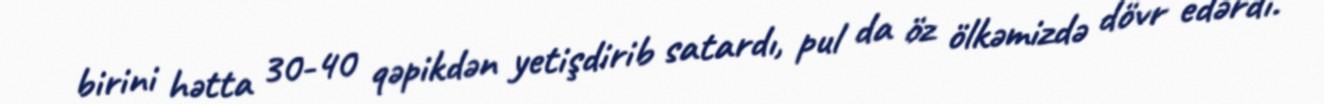
birini hətta 30-40 qəpikdən yetişdirib satardı, pul da öz ölkəmizdə dövr edərdi.